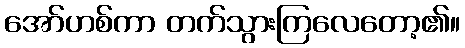
အော်ဟစ်ကာ တက်သွားကြလေတော့၏။